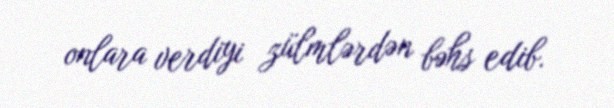
onlara verdiyi zülmlərdən bəhs edib.